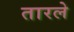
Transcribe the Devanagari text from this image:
तारले